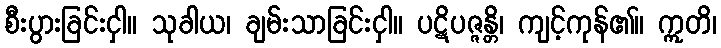
စီးပွားခြင်းငှါ။ သုခါယ၊ ချမ်းသာခြင်းငှါ။ ပဋိပဇ္ဇန္တိ၊ ကျင့်ကုန်၏။ ဣတိ၊